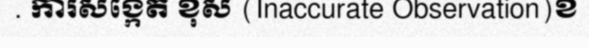
. ការសង្កេត ខុស (Inaccurate Observation)ខ